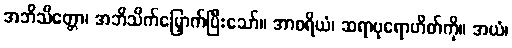
အဘိသိတ္တော၊ အဘိသိက်မြှောက်ပြီးသော်။ အာစရိယံ၊ ဆရာပုရောဟိတ်ကို။ အယံ၊